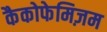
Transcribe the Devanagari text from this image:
कैकोफेमिज़म